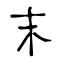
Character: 末